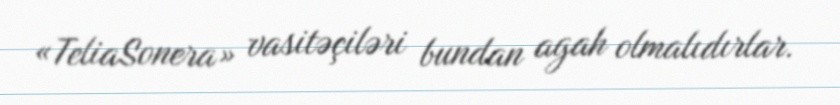
«TeliaSonera» vasitəçiləri bundan agah olmalıdırlar.